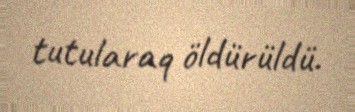
tutularaq öldürüldü.